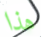
هذا